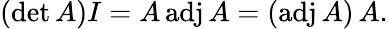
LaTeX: (\operatorname*{det}A)I=A\operatorname{adj}A=(\operatorname{adj}A)\, A.